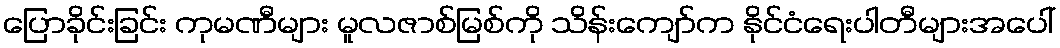
ပြောခိုင်းခြင်း ကုမဏီများ မူလဇာစ်မြစ်ကို သိန်းကျော်က နိုင်ငံရေးပါတီများအပေါ်